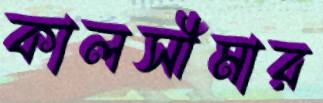
কালসীমার